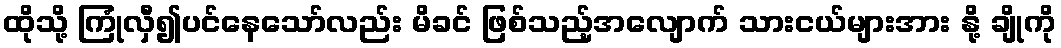
ထိုသို့ ကြုံလှီ၍ပင်နေသော်လည်း မိခင် ဖြစ်သည့်အလျောက် သားငယ်များအား နို့ ချိုကို